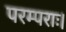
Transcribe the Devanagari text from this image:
परम्पराः।